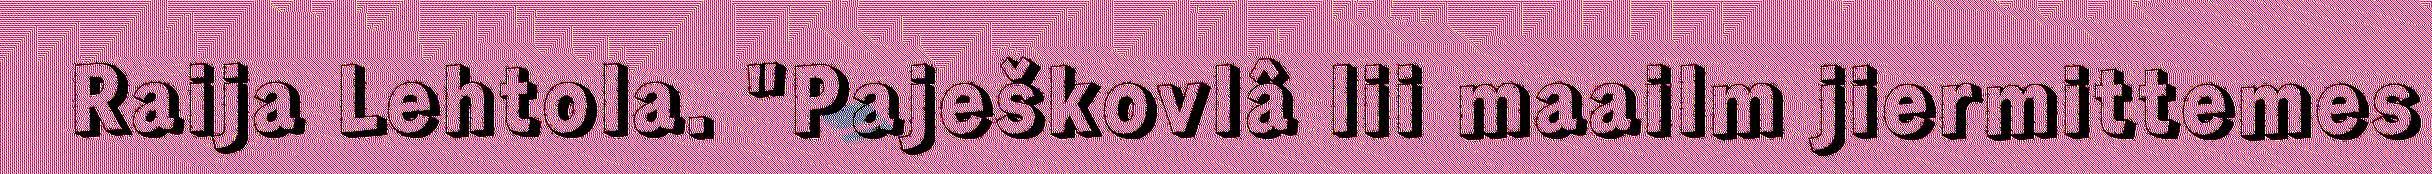
Raija Lehtola. "Paješkovlâ lii maailm jiermittemes